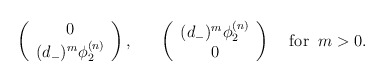
\begin{align*}\left ( \begin{array}{c}0 \\(d_-)^m\phi_2^{(n)}\end{array} \right ),\;\;\;\;\;\;\left ( \begin{array}{c}(d_-)^m\phi_2^{(n)} \\ 0 \end{array}\right )\;\;\;\;\makebox{for}\;\;m>0.\end{align*}